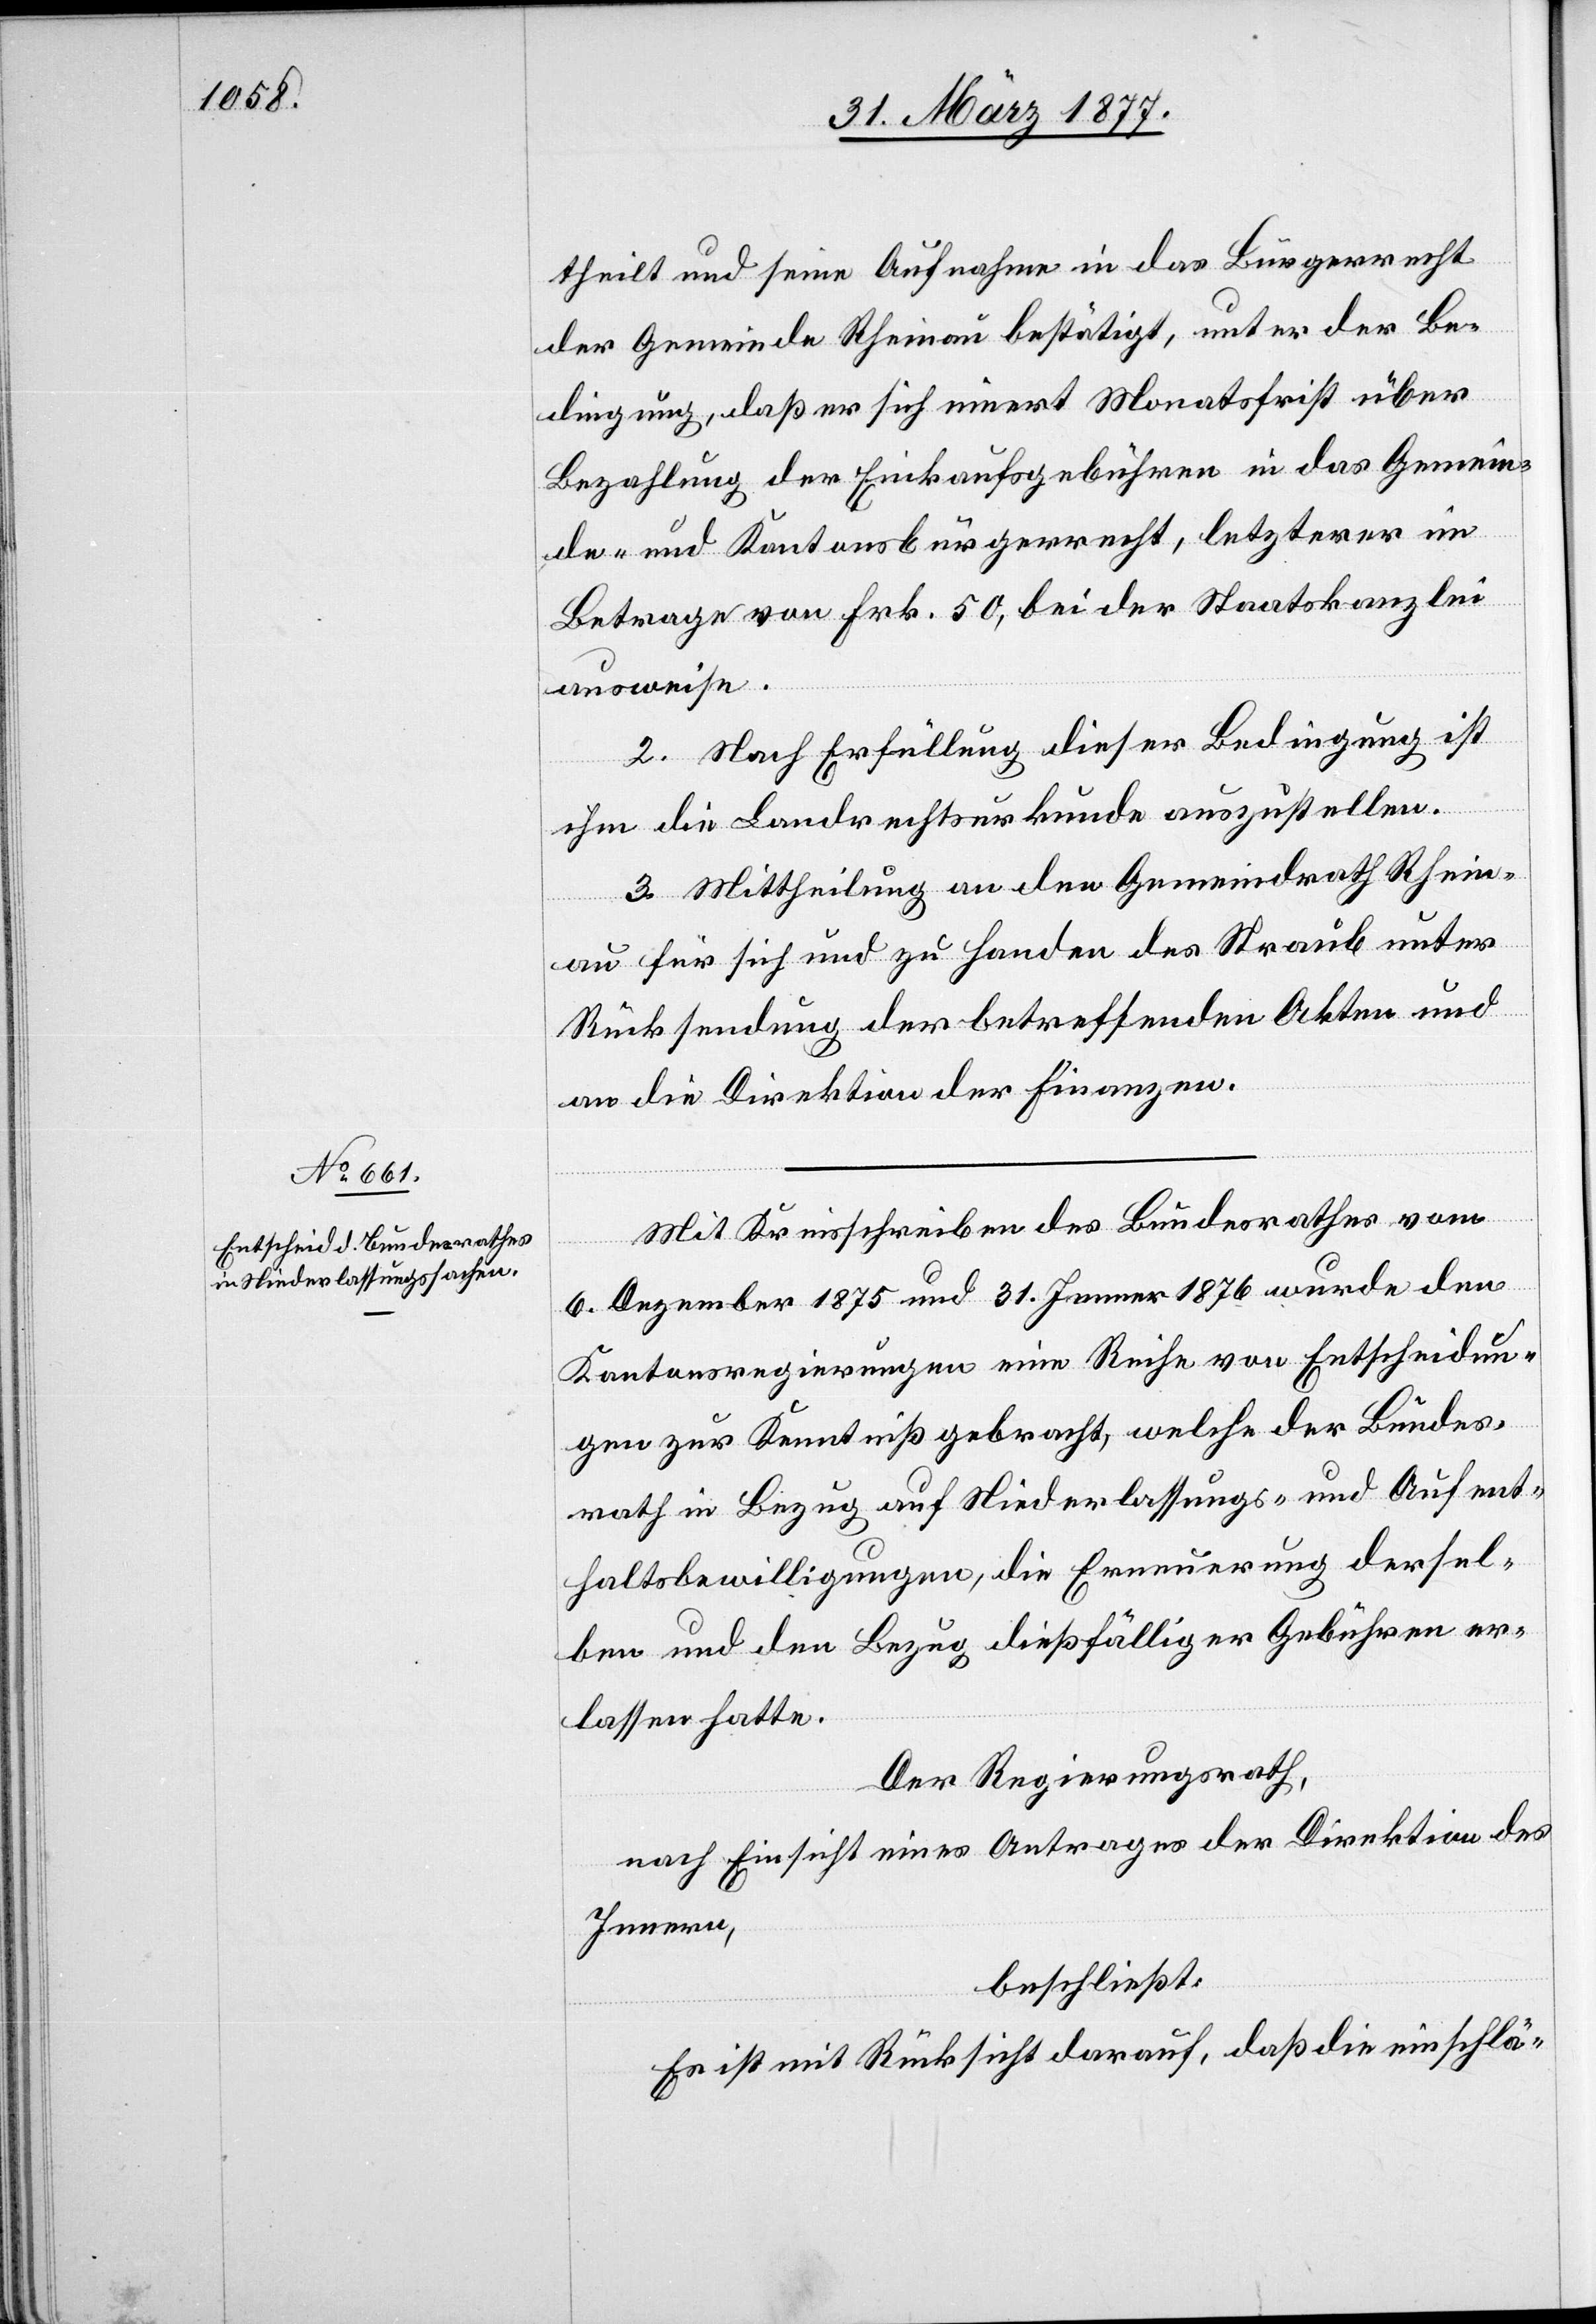
theilt und seine Aufnahme in das Bürgerrecht
der Gemeinde Rheinau bestätigt, unter der Be¬
dingung, daß er sich innert Monatsfrist über
Bezahlung der Einkaufsgebühren in das Gemein¬
de- und Kantonsbürgerrecht, letzterer im
Betrage von Frk. 50, bei der Staatskanzlei
ausweise.
II. Nach Erfüllung dieser Bedingung ist
ihm die Landrechtsurkunde auszustellen.
III. Mittheilung an den Gemeindrath Rhein¬
au für sich und zu Handen des Straub unter
Rücksendung der betreffenden Akten und
an die Direktion der Finanzen.
Mit Kreisschreiben des Bundesrathes vom
6. Dezember 1875 und 31. Jenner 1876 wurden den
Kantonsregierungen eine Reihe von Entscheidun¬
gen zur Kenntniß gebracht, welche der Bundes¬
rath im Bezug auf Niederlassungs- und Aufent¬
haltsbewilligungen, die Erneuerung dersel¬
ben und den Bezug dießfälliger Gebühren er¬
lassen hatte.
Der Regierungsrath,
nach Einsicht eines Antrages der Direktion des
Innern,
beschließt:
Es ist mit Rücksicht darauf, daß die einschlä-